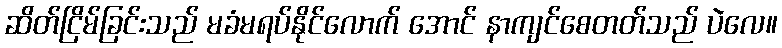
ဆိတ်ငြိမ်ခြင်းသည် မခံမရပ်နိုင်လောက် အောင် နာကျင်စေတတ်သည် ပဲလေ။